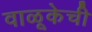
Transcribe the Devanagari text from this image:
वाळूकेची